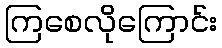
ကြစေလိုကြောင်း